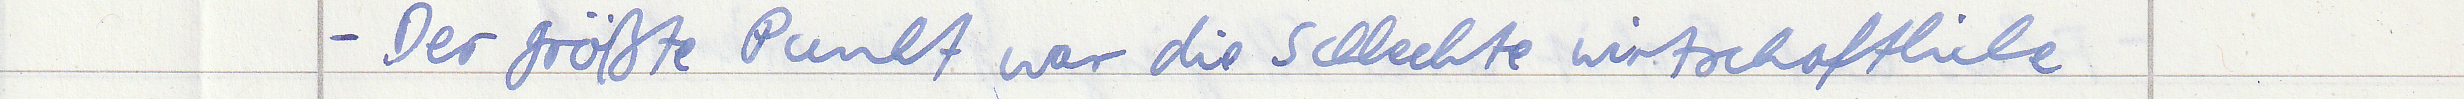
- Der größte Punkt war die schlechte wirtschaftliche